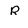
Character: R